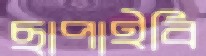
ছাপাইবি